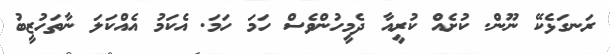
ރަނގަޅެކޭ ނޫން. ކުށެއް ކުރީއާ ދެމީހުންވެސް ހަމަ ހަމަ. އެކަމު އެއްކަލަ ނާތަހުޒީބު